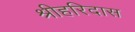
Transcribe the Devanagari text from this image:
श्रीहरिदास